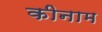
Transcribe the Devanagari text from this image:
कीनाम